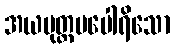
အယမုတ္တမပေါရိသော